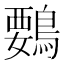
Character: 䳩